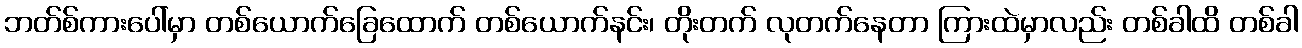
ဘတ်စ်ကားပေါ်မှာ တစ်ယောက်ခြေထောက် တစ်ယောက်နင်း၊ တိုးတက် လုတက်နေတာ ကြားထဲမှာလည်း တစ်ခါထိ တစ်ခါ